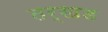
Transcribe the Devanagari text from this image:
तर्खड